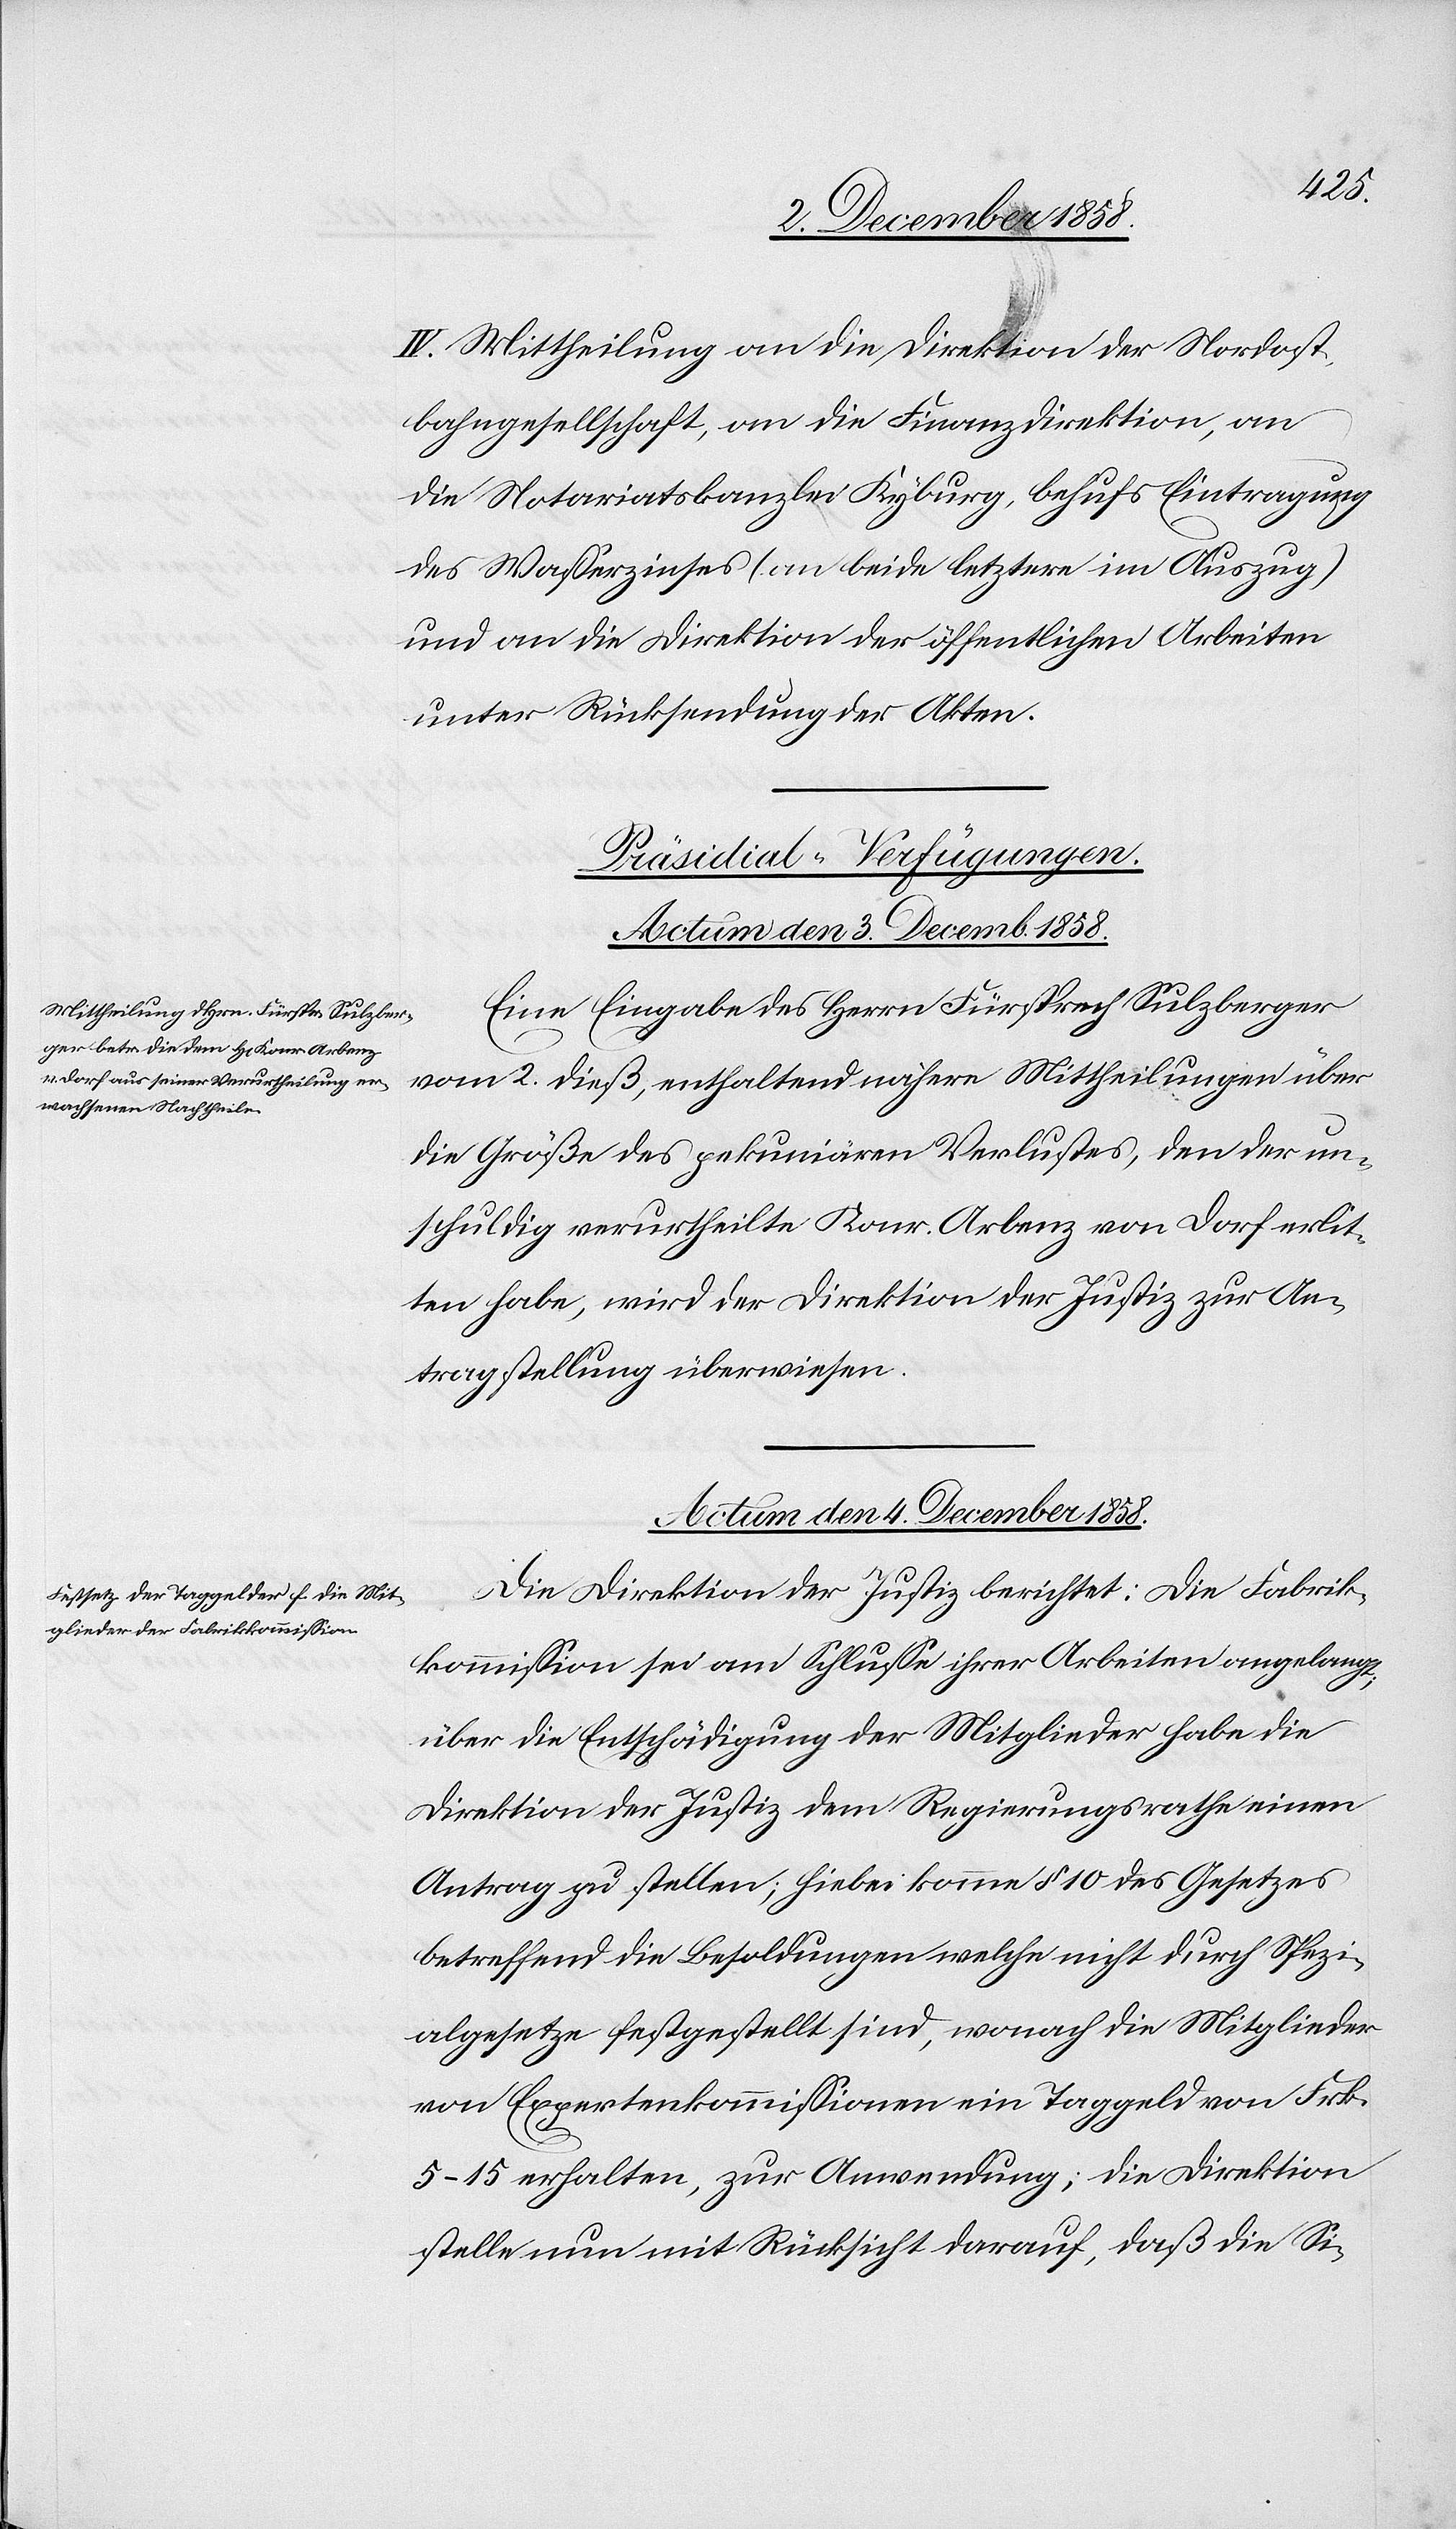
IV. Mittheilung an die Direktion der Nordost¬
bahngesellschaft, an die Finanzdirektion, an
die Notariatskanzlei Kyburg, behufs Eintragung
des Wasserzinses (an beide letztere im Auszug)
und an die Direktion der öffentlichen Arbeiten
unter Rücksendung der Akten.
[Präsidial-Verfügungen.]
Actum den 3. Decemb. 1858.
Eine Eingabe des Herrn Fürsprech Sulzberger
vom 2. dieß, enthaltend nähere Mittheilungen über
die Größe des pekuniären Verlustes, den der un¬
schuldig verurtheilte Konr. Arbenz von Dorf erlit¬
ten habe, wird der Direktion der Justiz zur An¬
tragstellung überwiesen.
Actum den 4. December 1858.
Die Direktion der Justiz berichtet: Die Fabrik¬
kommission sei am Schlusse ihrer Arbeiten angelangt;
über die Entschädigung der Mitglieder habe die
Direktion der Justiz dem Regierungsrathe einen
Antrag zu stellen; hiebei komme § 10 des Gesetzes
betreffend die Besoldungen welche nicht durch Spezi¬
algesetze festgestellt sind, wonach die Mitglieder
von Expertenkommissionen ein Taggeld von Frk.
5–15 erhalten, zur Anwendung; die Direktion
stelle nun mit Rücksicht darauf, daß die Si-